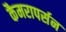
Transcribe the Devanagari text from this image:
कैमरापर्सन